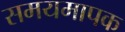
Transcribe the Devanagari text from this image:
समयमापक